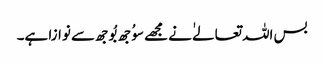
بس اللہ تعالےٰ نے مجھے سوُجھ بُوجھ سے نوازا ہے۔